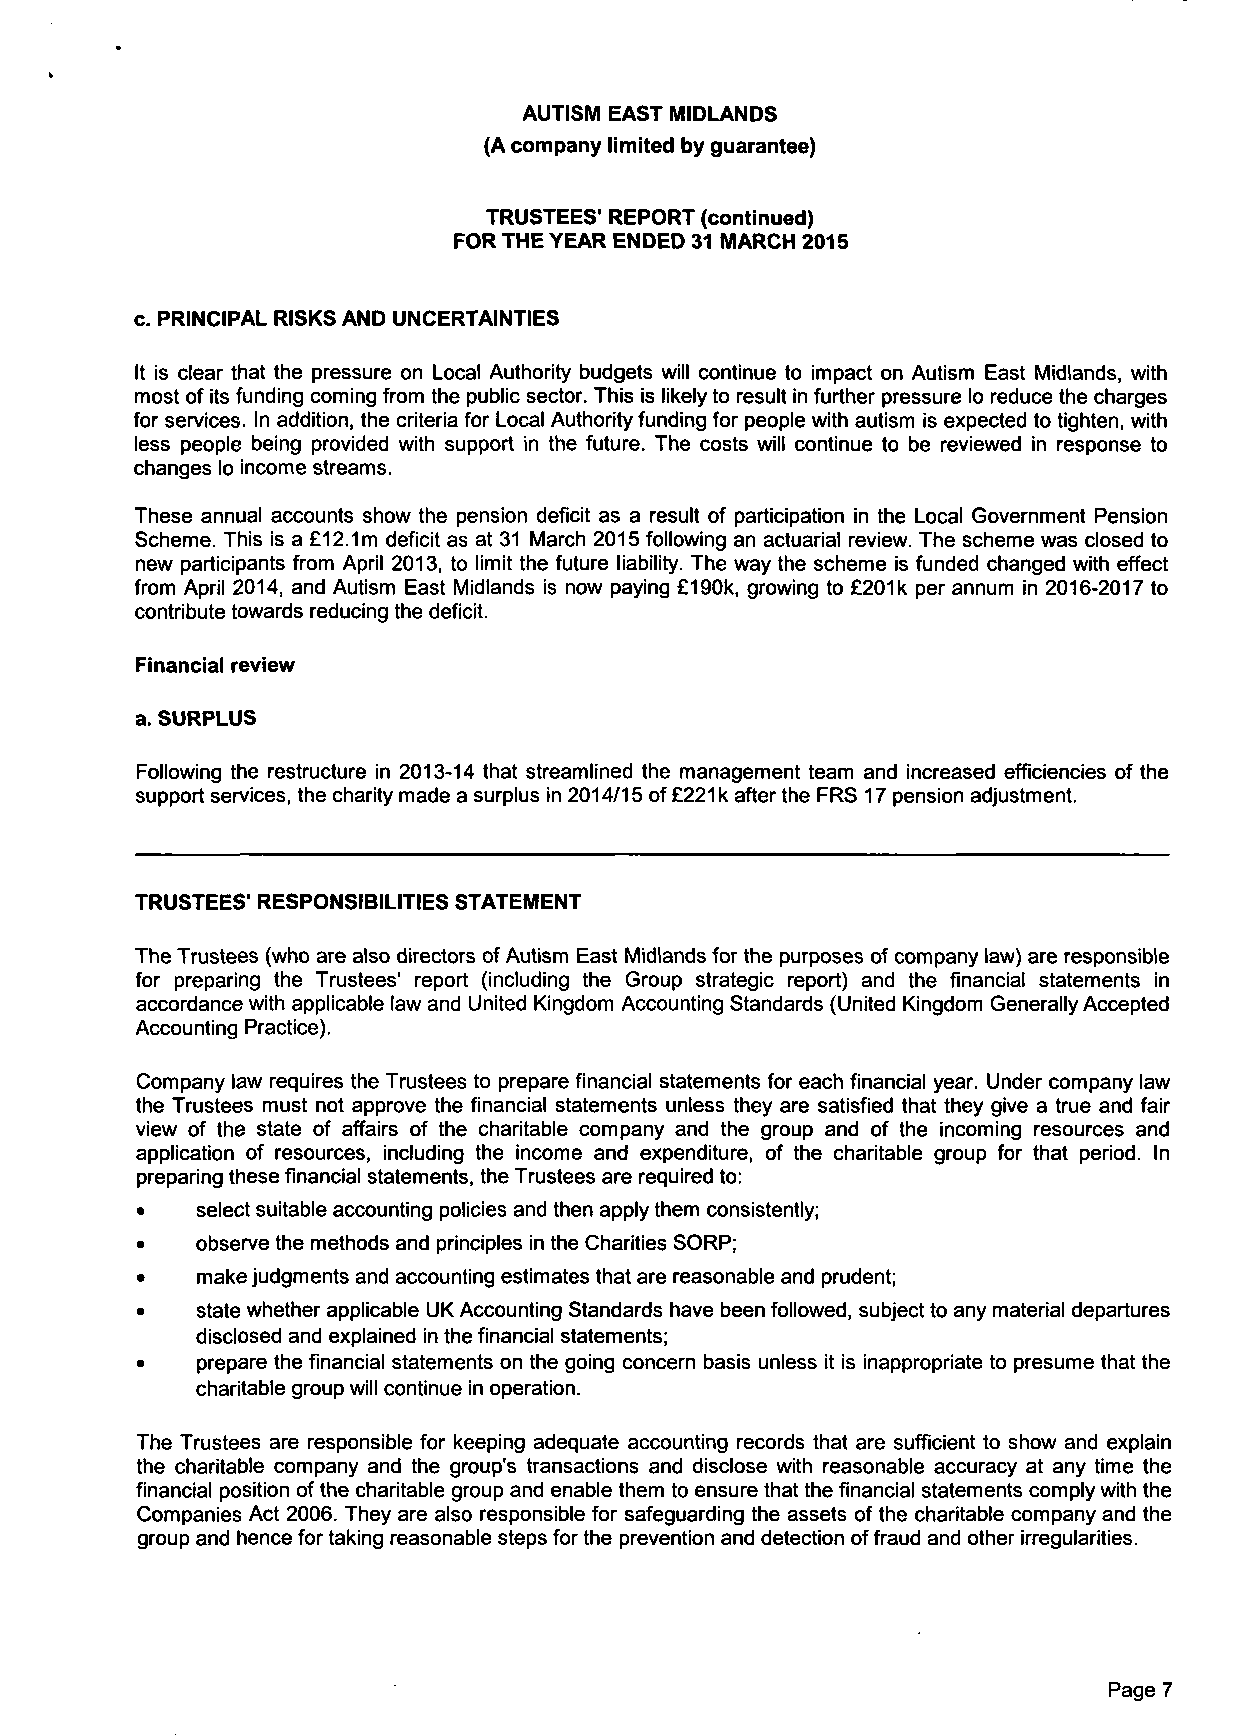
AUTISM EAST MIDLANDS
 (A company limited by guarantee)
 TRUSTEES* REPORT (continued)
 FOR THE YEAR ENDED 31 MARCH 2015
 c. PRINCIPAL RISKS AND UNCERTAINTIES
 It is clear that the pressure on Local Authority budgets will continue to impact on Autism East Midlands, with
 most of its funding coming from the public sector. This is likely to result in further pressure lo reduce the charges
 for services. In addition, the criteria for Local Authority funding for people with autism is expected to tighten, with
 less people being provided with support in the future. The costs will continue to be reviewed in response to
 changes lo income streams.
 These annual accounts show the pension deficit as a result of participation in the Local Government Pension
 Scheme. This is a £12.1m deficit as at 31 March 2015 following an actuarial review. The scheme was closed to
 new participants from April 2013, to limit the future liability. The way the scheme is funded changed with effect
 from April 2014, and Autism East Midlands is now paying £190k, growing to £201 k per annum in 2016-2017 to
 contribute towards reducing the deficit.
 Financial review
 a. SURPLUS
 Following the restructure in 2013-14 that streamlined the management team and increased efficiencies of the
 support services, the charity made a surplus in 2014/15 of £221 k after the FRS 17 pension adjustment.
 TRUSTEES' RESPONSIBILITIES STATEMENT
 The Trustees (who are also directors of Autism East Midlands for the purposes of company law) are responsible
 for preparing the Trustees' report (including the Group strategic report) and the financial statements in
 accordance with applicable law and United Kingdom Accounting Standards (United Kingdom Generally Accepted
 Accounting Practice).
 Company law requires the Trustees to prepare financial statements for each financial year. Under company law
 the Trustees must not approve the financial statements unless they are satisfied that they give a true and fair
 view of the state of affairs of the charitable company and the group and of the incoming resources and
 application of resources, including the income and expenditure, of the charitable group for that period. In
 preparing these financial statements, the Trustees are required to:
 •   select suitable accounting policies and then apply them consistently;
 •   observe the methods and principles in the Charities SORP;
 •   make judgments and accounting estimates that are reasonable and prudent;
 •   state whether applicable UK Accounting Standards have been followed, subject to any material departures
 disclosed and explained in the financial statements;
 •   prepare the financial statements on the going concern basis unless it is inappropriate to presume that the
 charitable group will continue in operation.
 The Trustees are responsible for keeping adequate accounting records that are sufficient to show and explain
 the charitable company and the group's transactions and disclose with reasonable accuracy at any time the
 financial position of the charitable group and enable them to ensure that the financial statements comply with the
 Companies Act 2006. They are also responsible for safeguarding the assets of the charitable company and the
 group and hence for taking reasonable steps for the prevention and detection of fraud and other irregularities.
 Page 7